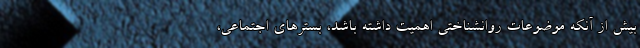
بیش از آنکه موضوعات روانشناختی اهمیت داشته باشد، بسترهای اجتماعی،